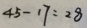
4 5 - 1 7 = 2 8